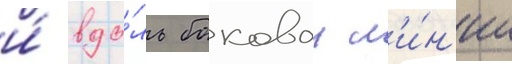
и́ вдо́ль боковои л'и́н'ии